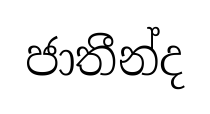
ජාතීන්ද